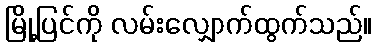
မြို့ပြင်ကို လမ်းလျှောက်ထွက်သည်။